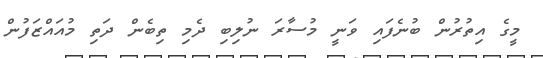
މީގެ އިތުރުން ބުނެފައި ވަނީ މުސާރަ ނުލިބި ދެމި ތިބެން ދަތި މުއައްޒަފުން